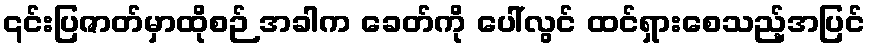
၎င်းပြဇာတ်မှာထိုစဉ် အခါက ခေတ်ကို ပေါ်လွင် ထင်ရှားစေသည့်အပြင်